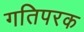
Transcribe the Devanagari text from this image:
गतिपरक